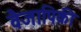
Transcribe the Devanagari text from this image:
वैजापिकी